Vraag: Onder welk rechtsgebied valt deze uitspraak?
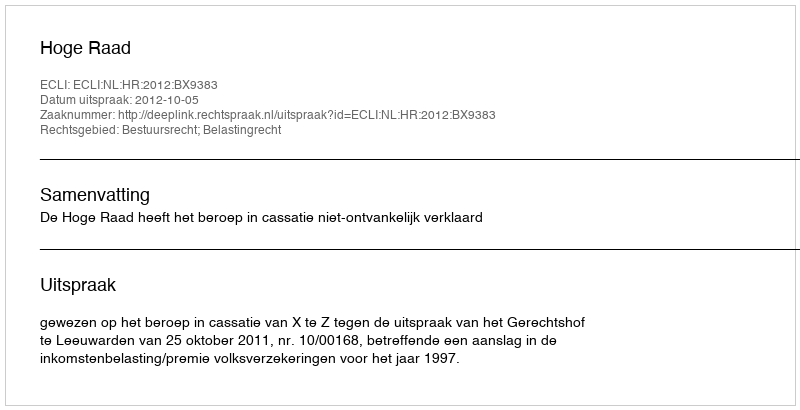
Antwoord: Bestuursrecht; Belastingrecht